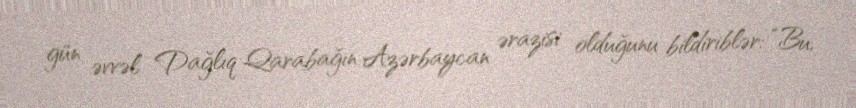
gün əvvəl Dağlıq Qarabağın Azərbaycan ərazisi olduğunu bildiriblər: “Bu,